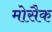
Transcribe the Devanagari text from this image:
मोसैक